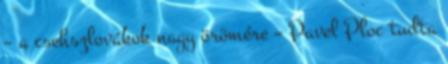
– a csehszlovákok nagy örömére – Pavel Ploc tudta